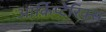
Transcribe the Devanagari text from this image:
आर्किप्टेरिक्स